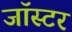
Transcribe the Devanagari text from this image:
जॉस्टर